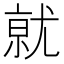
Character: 𭕒